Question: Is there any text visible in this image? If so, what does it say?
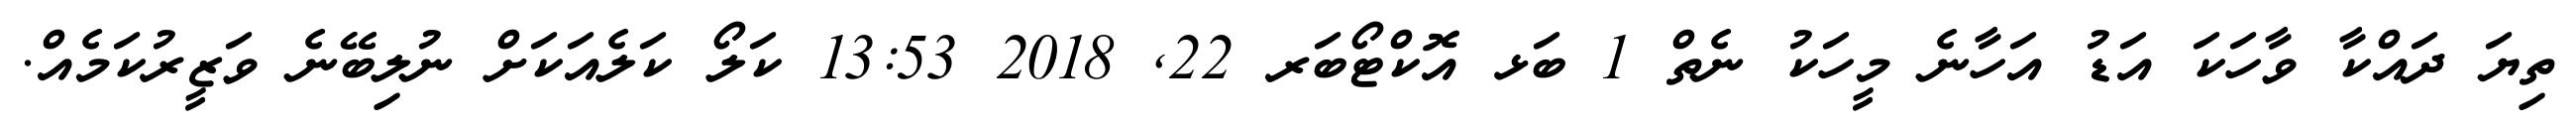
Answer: ތިޔަ ދައްކާ ވާހަކަ އަޑު އަހާނެ މީހަކު ނެތް 1 ބަޅ އޮކްޓޯބަރ 22, 2018 13:53 ކަލޯ ކަލެއަކަށް ނުލިބޭނެ ވަޒީރުކަމެއް.